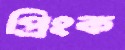
প্রিংক